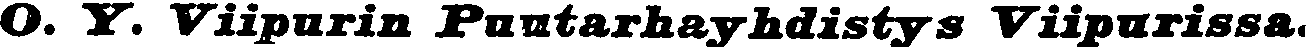
O. Y. Viipurin Puutarhayhdistys Viipurissa.